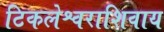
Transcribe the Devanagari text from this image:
टिकलेश्वराशिवाय